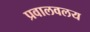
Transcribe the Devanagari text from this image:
प्रवालवलय